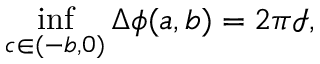
\operatorname* { i n f } _ { c \in ( - b , 0 ) } \Delta \phi ( a , b ) = 2 \pi \mathcal { I } ,